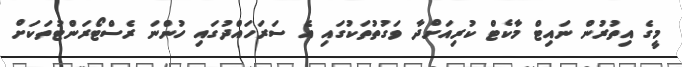
މީގެ އިތުރުން ނައިޓް މާކެޓް ކުރިއަށްދާ ވަގުތުތަކުގައި އެ ސަރަހައްދުގައި ހުންނަ ރެސްޓޯރަންޓުތަކަށް